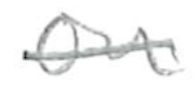
Text: on
Cross-out: single-line
Writing tool: pencil